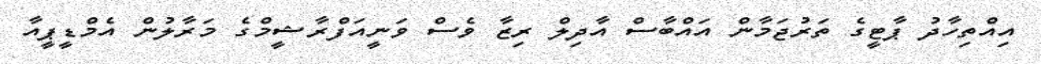
އިއްތިހާދު ޕާޓީގެ ތަރުޖަމާން އައްބާސް އާދިލް ރިޒާ ވެސް ވަނީއަފްރާޝީމްގެ މަރާލުން އެމްޑީޕީއާ